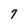
Character: 7